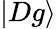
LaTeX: |Dg\rangle